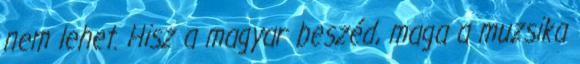
nem lehet. Hisz a magyar beszéd, maga a muzsika